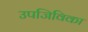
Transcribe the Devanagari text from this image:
उपजिविका